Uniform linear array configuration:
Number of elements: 12
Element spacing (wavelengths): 0.5
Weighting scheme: blackman
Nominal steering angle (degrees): -30
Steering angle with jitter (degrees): -30.077
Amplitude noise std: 0.05
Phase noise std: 0.05

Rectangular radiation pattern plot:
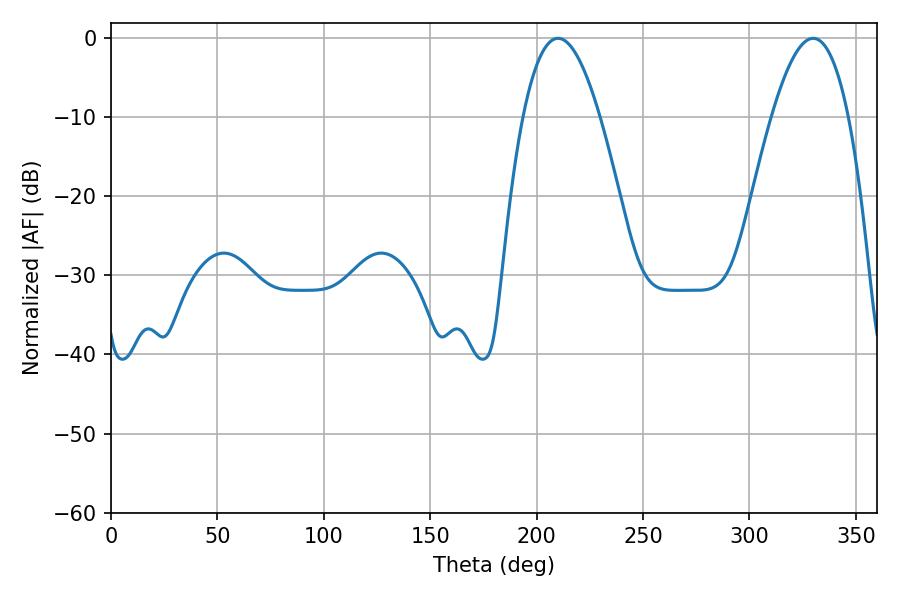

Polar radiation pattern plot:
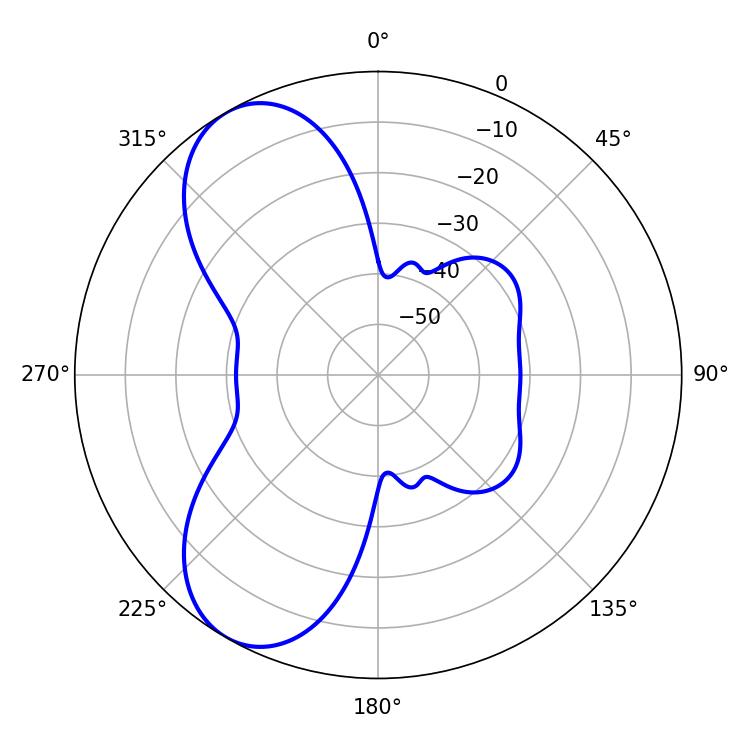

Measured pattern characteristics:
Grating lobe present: FALSE
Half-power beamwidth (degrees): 19.8
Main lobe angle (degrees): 210.06